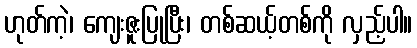
ဟုတ်ကဲ့၊ ကျေးဇူးပြုပြီး၊ တစ်ဆယ့်တစ်ကို လှည့်ပါ။